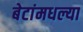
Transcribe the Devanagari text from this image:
बेटांमधल्या